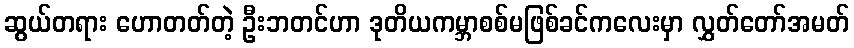
ဆွယ်တရား ဟောတတ်တဲ့ ဦးဘတင်ဟာ ဒုတိယကမ္ဘာစစ်မဖြစ်ခင်ကလေးမှာ လွှတ်တော်အမတ်